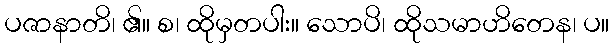
ပဇာနာတိ၊ ၏။ စ၊ ထိုမှတပါး။ သောပိ၊ ထိုသမာဟိတေန၊ ပ။